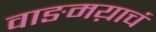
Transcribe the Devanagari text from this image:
वाङमय़ाचं